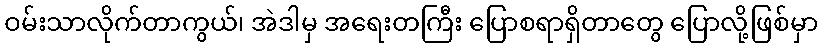
ဝမ်းသာလိုက်တာကွယ်၊ အဲဒါမှ အရေးတကြီး ပြောစရာရှိတာတွေ ပြောလို့ဖြစ်မှာ